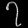
Digit: ၇